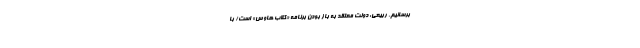
برسانیم. ربیعی: دولت معتقد به باز بودن برنامه «کلاب هاوس» است/ با